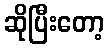
ဆိုပြီးတော့